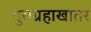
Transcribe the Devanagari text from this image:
दुराग्रहाखातर